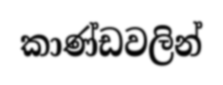
කාණ්ඩවලින්